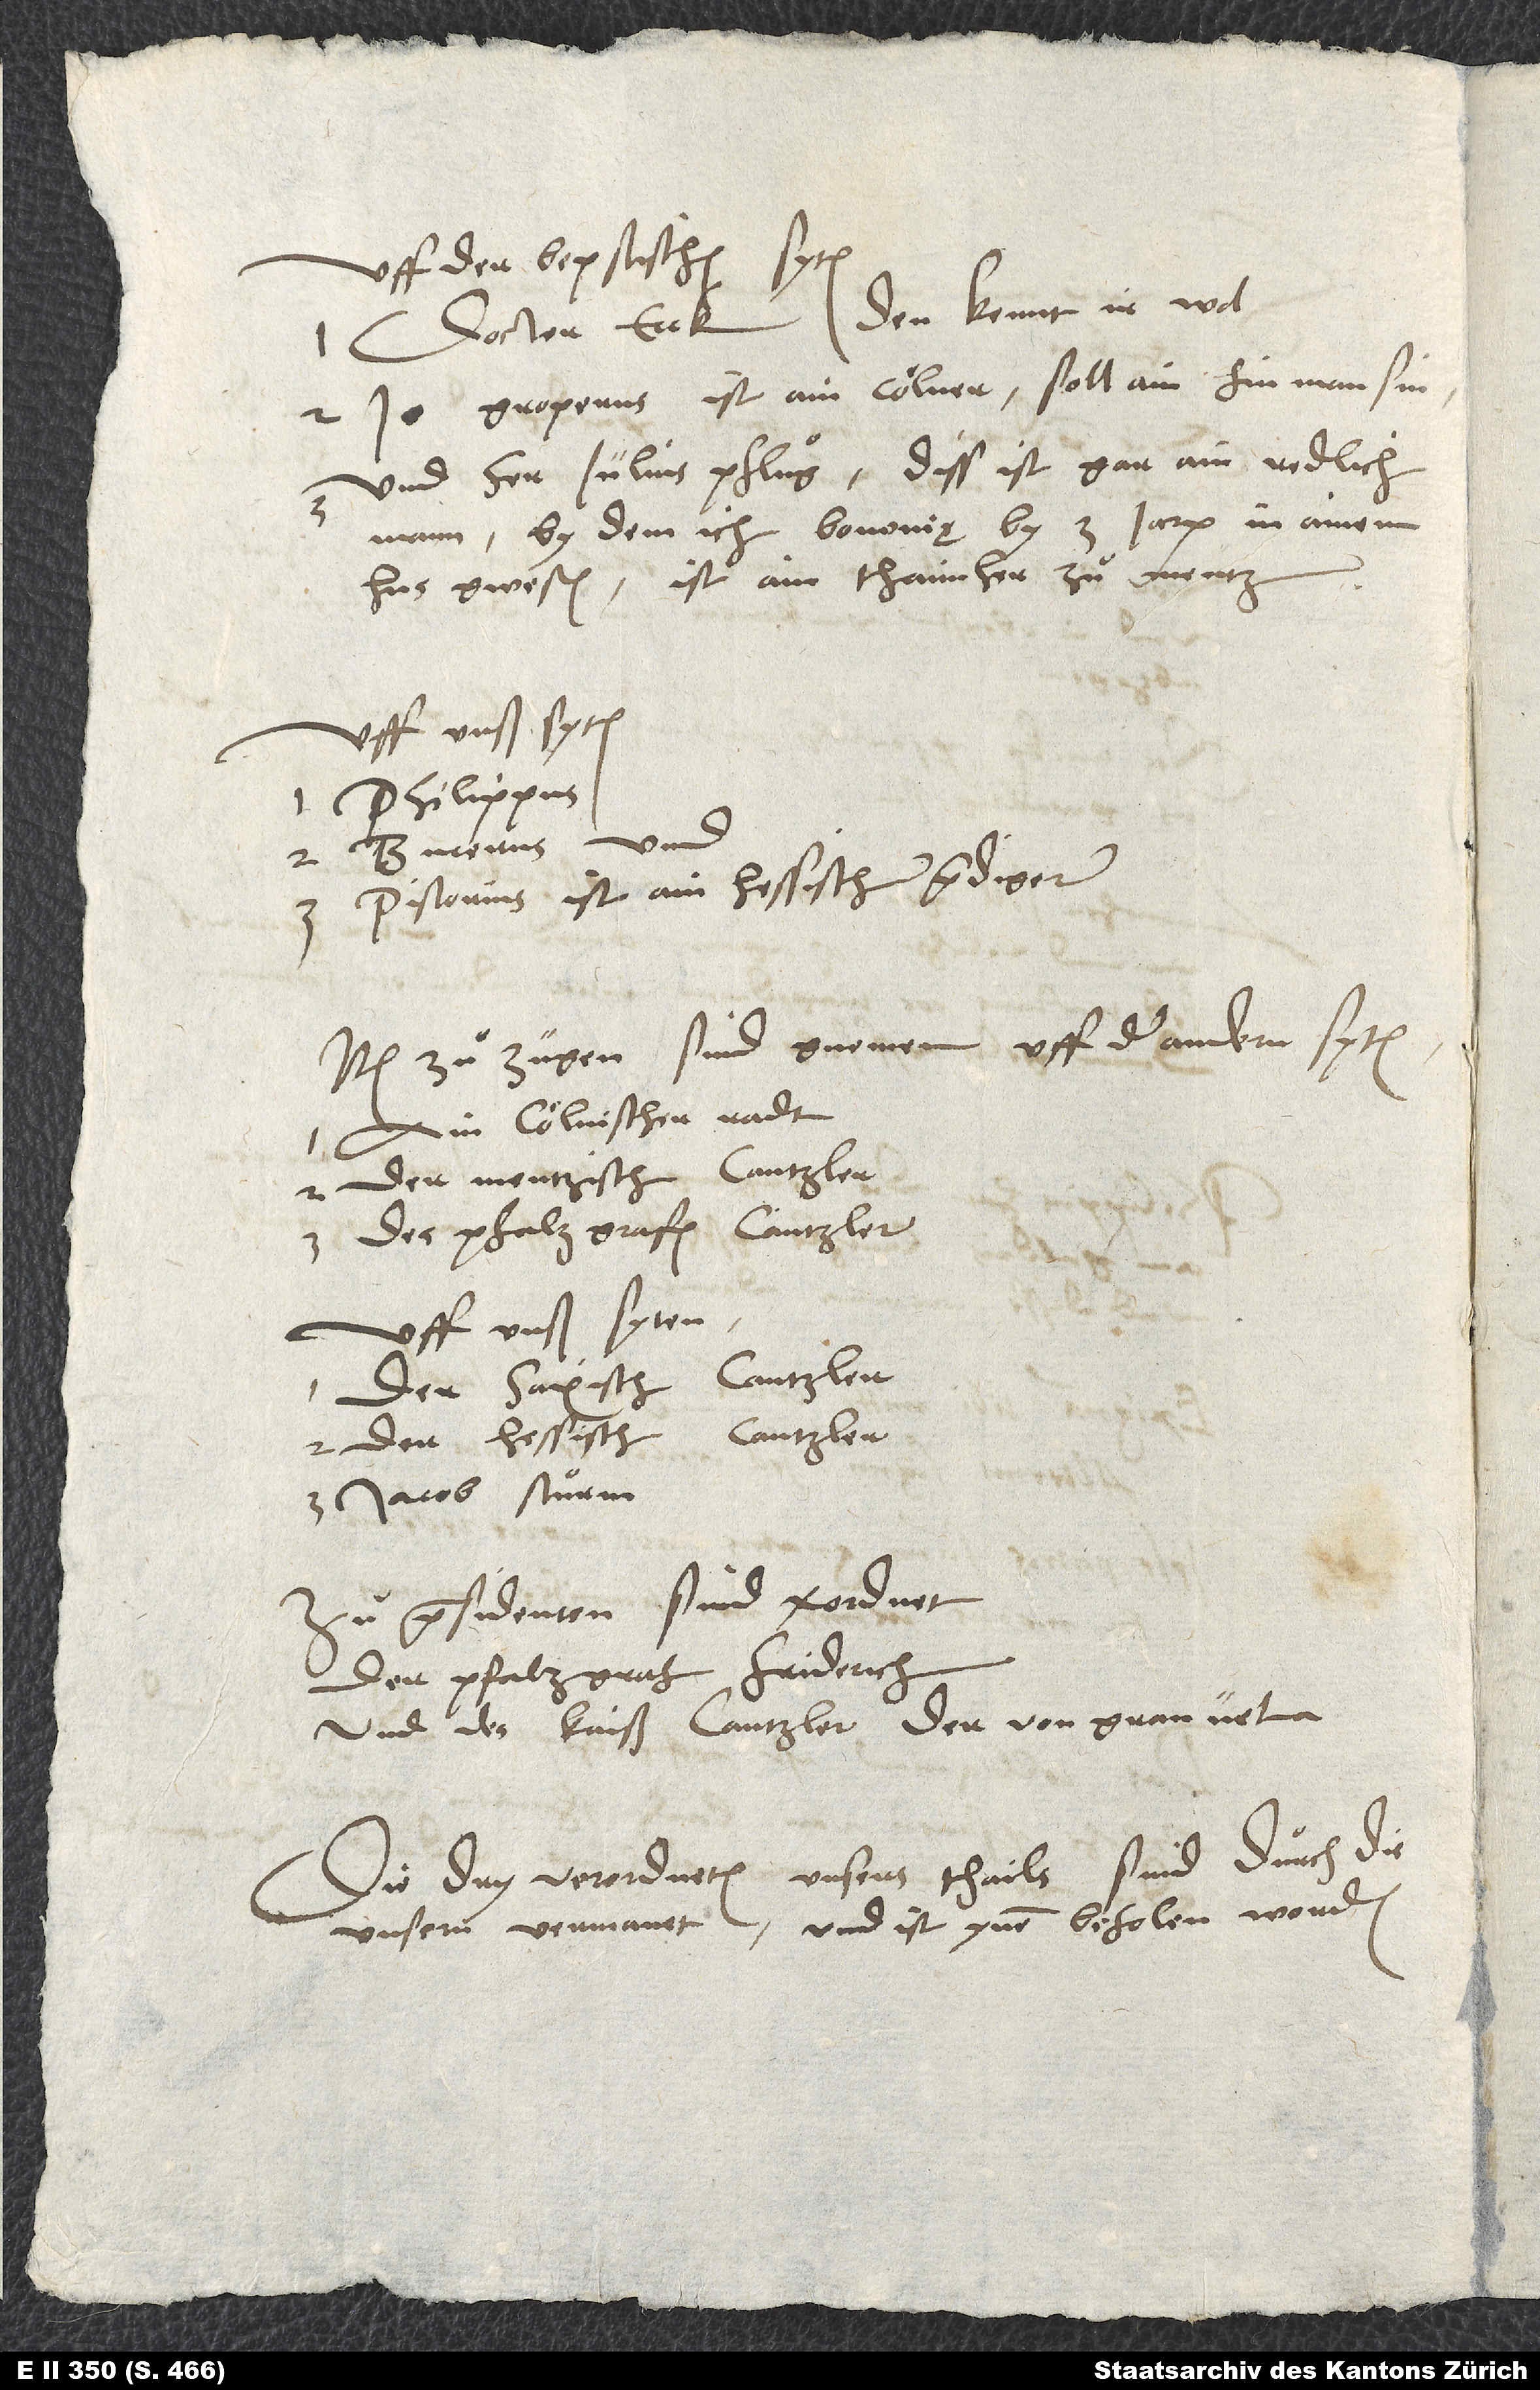
uff der bepstischen syten:
Doctor Eck, den kennt ir wol,
2. Jo Groperus, ist ein Cölner, sol ain fin man sin,
und her Julius Pfluͦg; diss ist gar ain redlich
mann, by dem ich Bononię by 3 jaren in ainem
hus gwesen, ist ain thaimher zuͦ Mentz;
Philippus
2. Bucerus
3. Pistorius, ist ain hessischer prediger.
Item zuͦ zugen sind gnomen uff der andern syten:
ain cölnischer radt,
2. der mentzisch cantzler,
3. des pfalzgrafen cantzler;
uff unser syten:
der saxisch cantzler,
2. der hessisch
3. Jacob Stuͦrm.
präsidenten sind verordnet
der pfalzgraf Friderich
und des kaiser cantzler, der von Granvela.
Die dry verordneten unsers thails sind durch die
unsern vermanet, und ist ynen befolen worden: